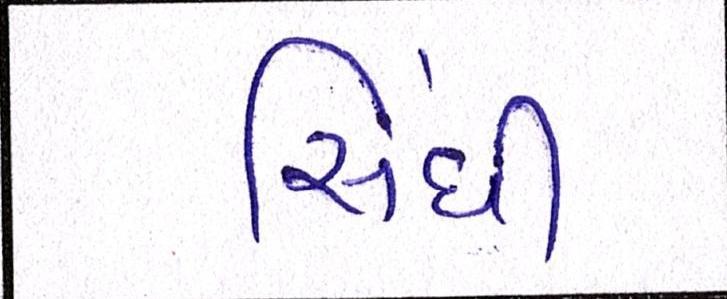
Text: સિંધી